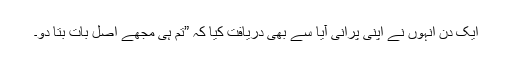
ایک دن انہوں نے اپنی پرانی آیا سے بھی دریافت کیا کہ ”تم ہی مجھے اصل بات بتا دو۔